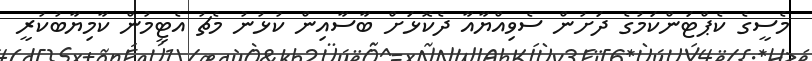
މެސީގެ ކެޕްޓަންކަމުގެ ދަށުން ސެވިއްޔާއާ ދެކޮޅަށް ބާސާއިން ކުޅުނު މެޗު އެޓީމުން ކާމިޔާބުކުރީ